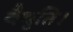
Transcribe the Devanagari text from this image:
वैधृति।